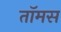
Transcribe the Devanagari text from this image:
तॉमस